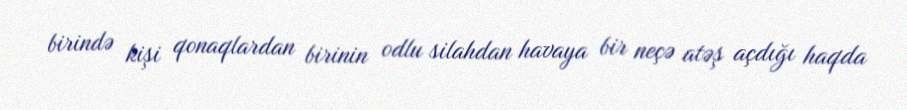
birində kişi qonaqlardan birinin odlu silahdan havaya bir neçə atəş açdığı haqda